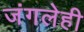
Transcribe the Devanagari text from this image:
जंगलेही